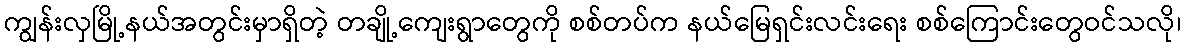
ကျွန်းလှမြို့နယ်အတွင်းမှာရှိတဲ့ တချို့ကျေးရွာတွေကို စစ်တပ်က နယ်မြေရှင်းလင်းရေး စစ်ကြောင်းတွေဝင်သလို၊